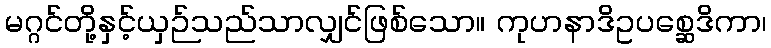
မဂ္ဂင်တို့နှင့်ယှဉ်သည်သာလျှင်ဖြစ်သော။ ကုဟနာဒိဥပစ္ဆေဒိကာ၊